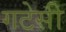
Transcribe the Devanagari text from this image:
गटेसी